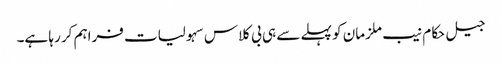
جیل حکام نیب ملزمان کو پہلے سے ہی بی کلاس سہولیات فراہم کر رہا ہے۔